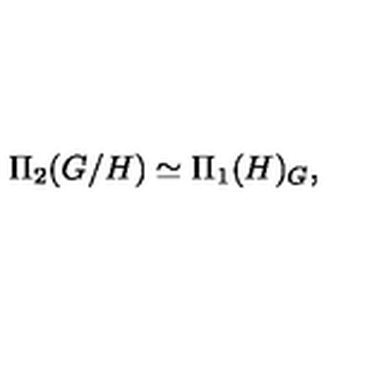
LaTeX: \Pi _ { 2 } ( G / H ) \simeq \Pi _ { 1 } ( H ) _ { G } ,